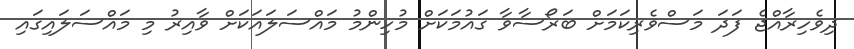
ދިވެހިރާއްޖެ ފަދަ މަސްވެރިކަމަށް ބަރޯސާވާ ގައުމަކަށް މުހިންމު މައްސަލައަކަށް ވާއިރު މި މައްސަލައިގައި